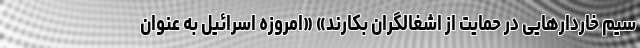
سیم خاردارهایی در حمایت از اشغالگران بکارند» «امروزه اسرائیل به عنوان